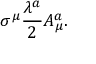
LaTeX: \sigma ^ { \mu } \frac { \lambda ^ { a } } { 2 } A _ { \mu } ^ { a } .